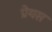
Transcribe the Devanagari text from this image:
प्रेयस